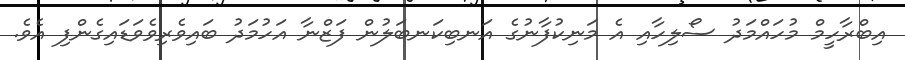
އިބްރާހީމް މުހައްމަދު ސޯލިހާއި އެ މަނިކުފާނުގެ އަނބިކަނބަލުން ފަޒްނާ އަަހުމަދު ބައިވެރިވެވަޑައިގެންފި އެވެ.